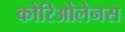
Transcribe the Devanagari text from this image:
कोरिओलेनस